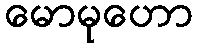
မောမုဟော